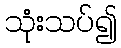
သုံးသပ်၍